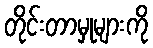
တိုင်းတာမှုများကို